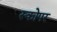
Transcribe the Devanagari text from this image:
स्कोपर